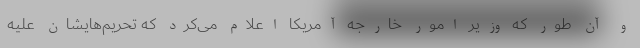
و آن طور که وزیر امور خارجه آمریکا اعلام می‌کرد که تحریم‌هایشان علیه